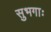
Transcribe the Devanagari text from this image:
सुभगाः